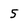
Character: 5